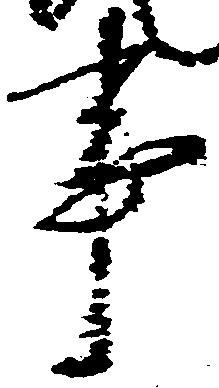
事